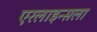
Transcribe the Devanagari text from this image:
एरलाइन्सला